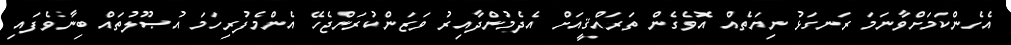
އެހެންކަމަށްވާނަމަ ރަނގަޅު ނިޔަތެއް އޮވެގެން ތަރައްޤީއަށް އެދެމުންދާއިރު ވަޒަންކުރަންޖެހޭ އެންމެފުރިހަމަ އުޞޫލުތައް ބިނާވެފައި